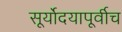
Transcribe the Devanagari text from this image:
सूर्योदयापूर्वीच